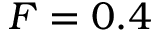
F = 0 . 4